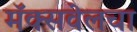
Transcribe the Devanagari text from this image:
मॅक्सवेलचा